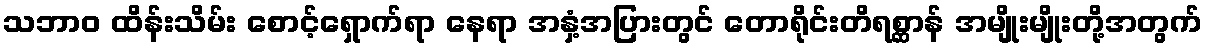
သဘာဝ ထိန်းသိမ်း စောင့်ရှောက်ရာ နေရာ အနှံ့အပြားတွင် တောရိုင်းတိရစ္ဆာန် အမျိုးမျိုးတို့အတွက်